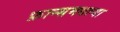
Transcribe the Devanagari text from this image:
फ्रान्समधल्या